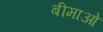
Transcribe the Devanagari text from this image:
बीमाओं